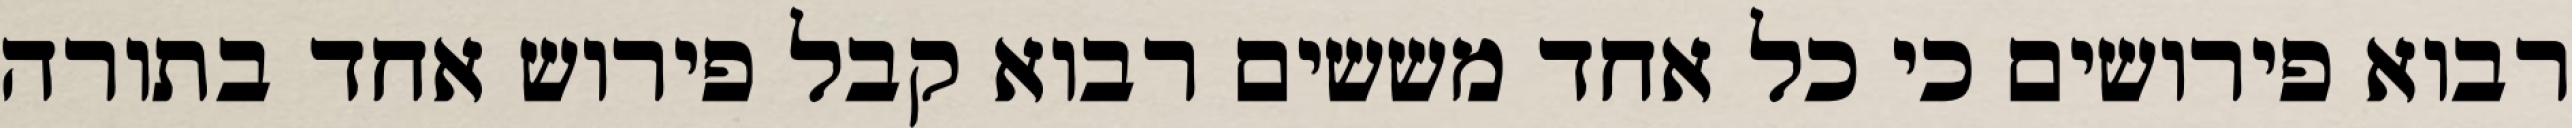
רבוא פירושים כי כל אחד מששים רבוא קבל פירוש אחד בתורה